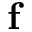
\mathbf { f }